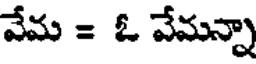
వేమ = ఓ వేమన్నా